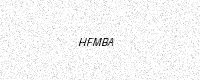
Text: HFMBA